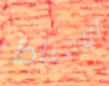
الإحباط